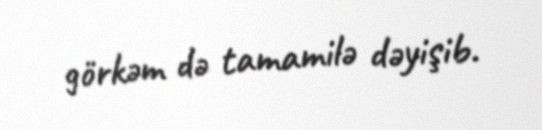
görkəm də tamamilə dəyişib.